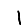
Digit: 1